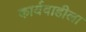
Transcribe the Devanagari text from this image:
कार्यवाहीला